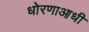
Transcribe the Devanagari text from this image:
धोरणाआधी